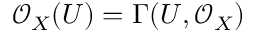
{ \mathcal { O } } _ { X } ( U ) = \Gamma ( U , { \mathcal { O } } _ { X } )